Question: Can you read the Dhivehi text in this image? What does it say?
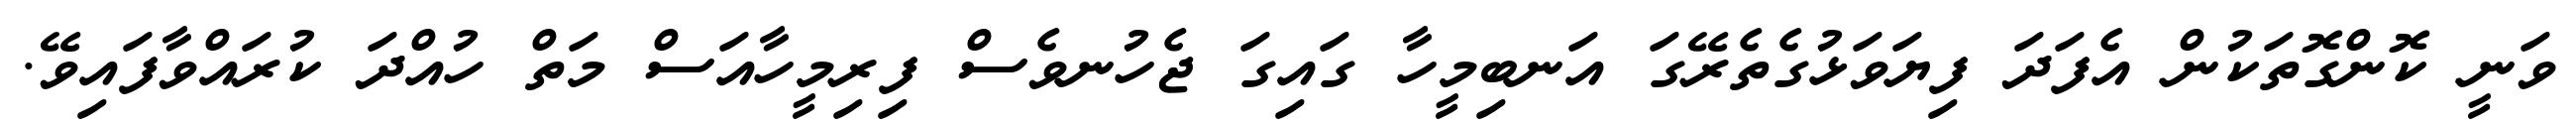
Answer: ވަނީ ކޮންގޮތަކުން އެފަދަ ފިޔަވަޅުގެތެރޭގަ އަނބިމީހާ ގައިގަ ޖެހުނވެސް ފިރިމީހާއަސް މަތް ހުއްދަ ކުރައްވާފައިވޭ.